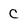
Character: c